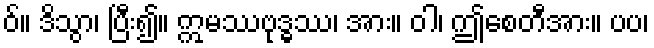
ဝ်။ ဒိသွာ၊ ပြီး၍။ ဣမဿဗုဒ္ဓဿ၊ အား။ ဝါ၊ ဤစေတီအား။ ပပ၊